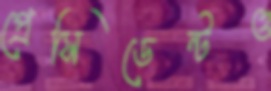
প্রেসিডেন্টও